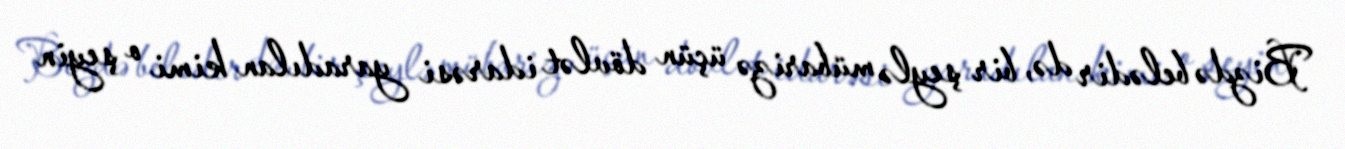
Bizdə belədir də, bir şeylə mübarizə üçün dövlət idarəsi yaradılan kimi o şeyin